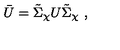
\bar { U } = \tilde { \Sigma } _ { \chi } U \tilde { \Sigma } _ { \chi } \ ,